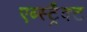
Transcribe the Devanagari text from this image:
एब्स्ट्रैक्ट